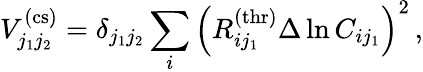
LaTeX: V_{j_{1}j_{2}}^{\mathrm{(cs)}}=\delta_{j_{1}j_{2}}\sum_{i}\left(R_{ij_{1}}^{\mathrm{(thr)}}\Delta\ln C_{ij_{1}}\right)^{2}\, ,